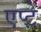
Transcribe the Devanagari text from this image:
एप्टे